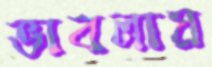
ভাবলায়